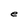
Character: e